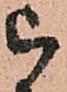
被